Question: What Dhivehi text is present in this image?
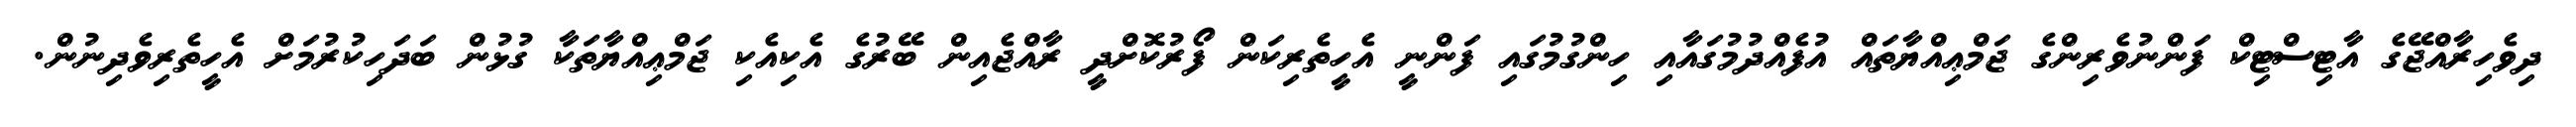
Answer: ދިވެހިރާއްޖޭގެ އާޓިސްޓިކް ފަންނުވެރިންގެ ޖަމްޢިއްޔާތައް އުފެއްދުމުގައާއި ހިންގުމުގައި ފަންނީ އެހީތެރިކަން ފޯރުކޮށްދީ ރާއްޖެއިން ބޭރުގެ އެކިއެކި ޖަމްޢިއްޔާތަކާ ގުޅުން ބަދަހިކުރުމަށް އެހީތެރިވެދިނުން.